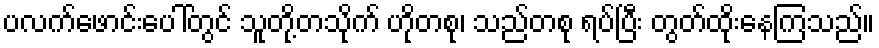
ပလက်ဖောင်းပေါ်တွင် သူတို့တသိုက် ဟိုတစု၊ သည်တစု ရပ်ပြီး တွတ်ထိုးနေကြသည်။